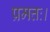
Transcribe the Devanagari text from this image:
प्रमत्तः।